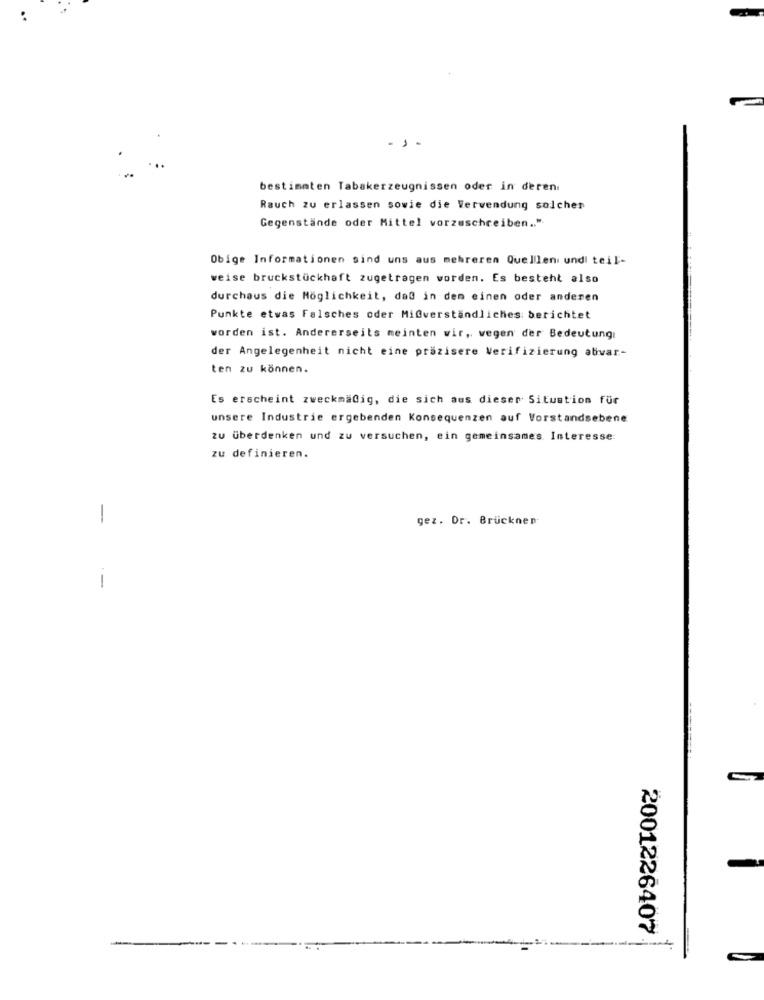
-
bestimmten Tabakerzeugnissen oder in deren.
Rauch zu erlassen sowie die Verwendung solcher
Gegenstände oder Mittel vorzuschreiben .. ".
Obige Informationen sind uns aus mehreren Quellen undl teil-
weise bruckstückhaft zugetragen worden. Es besteht also
durchaus die Möglichkeit, daß in dem einen oder anderen
Punkte etwas Falsches oder Mi@verständliches: berichtet
worden ist. Andererseits meinten wir, vegen der Bedeutung
der Angelegenheit nicht eine präzisere Verifizierung ativar-
ten zu können.
Es erscheint zweckmäßig, die sich aus dieser Situation für
unsere Industrie ergebenden Konsequenzen auf Vorstandsebene
zu überdenken und zu versuchen, ein gemeinsames Interesse:
zu definieren.
-
gez. Dr. Brucknen
-
2001226407